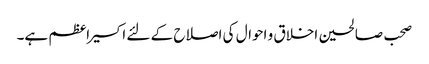
صحب صالحین اخلاق و احوال کی اصلاح کے لئے اکسیر اعظم ہے۔